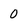
Character: 0